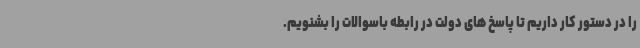
را در دستور کار داریم تا پاسخ های دولت در رابطه باسوالات را بشنویم.